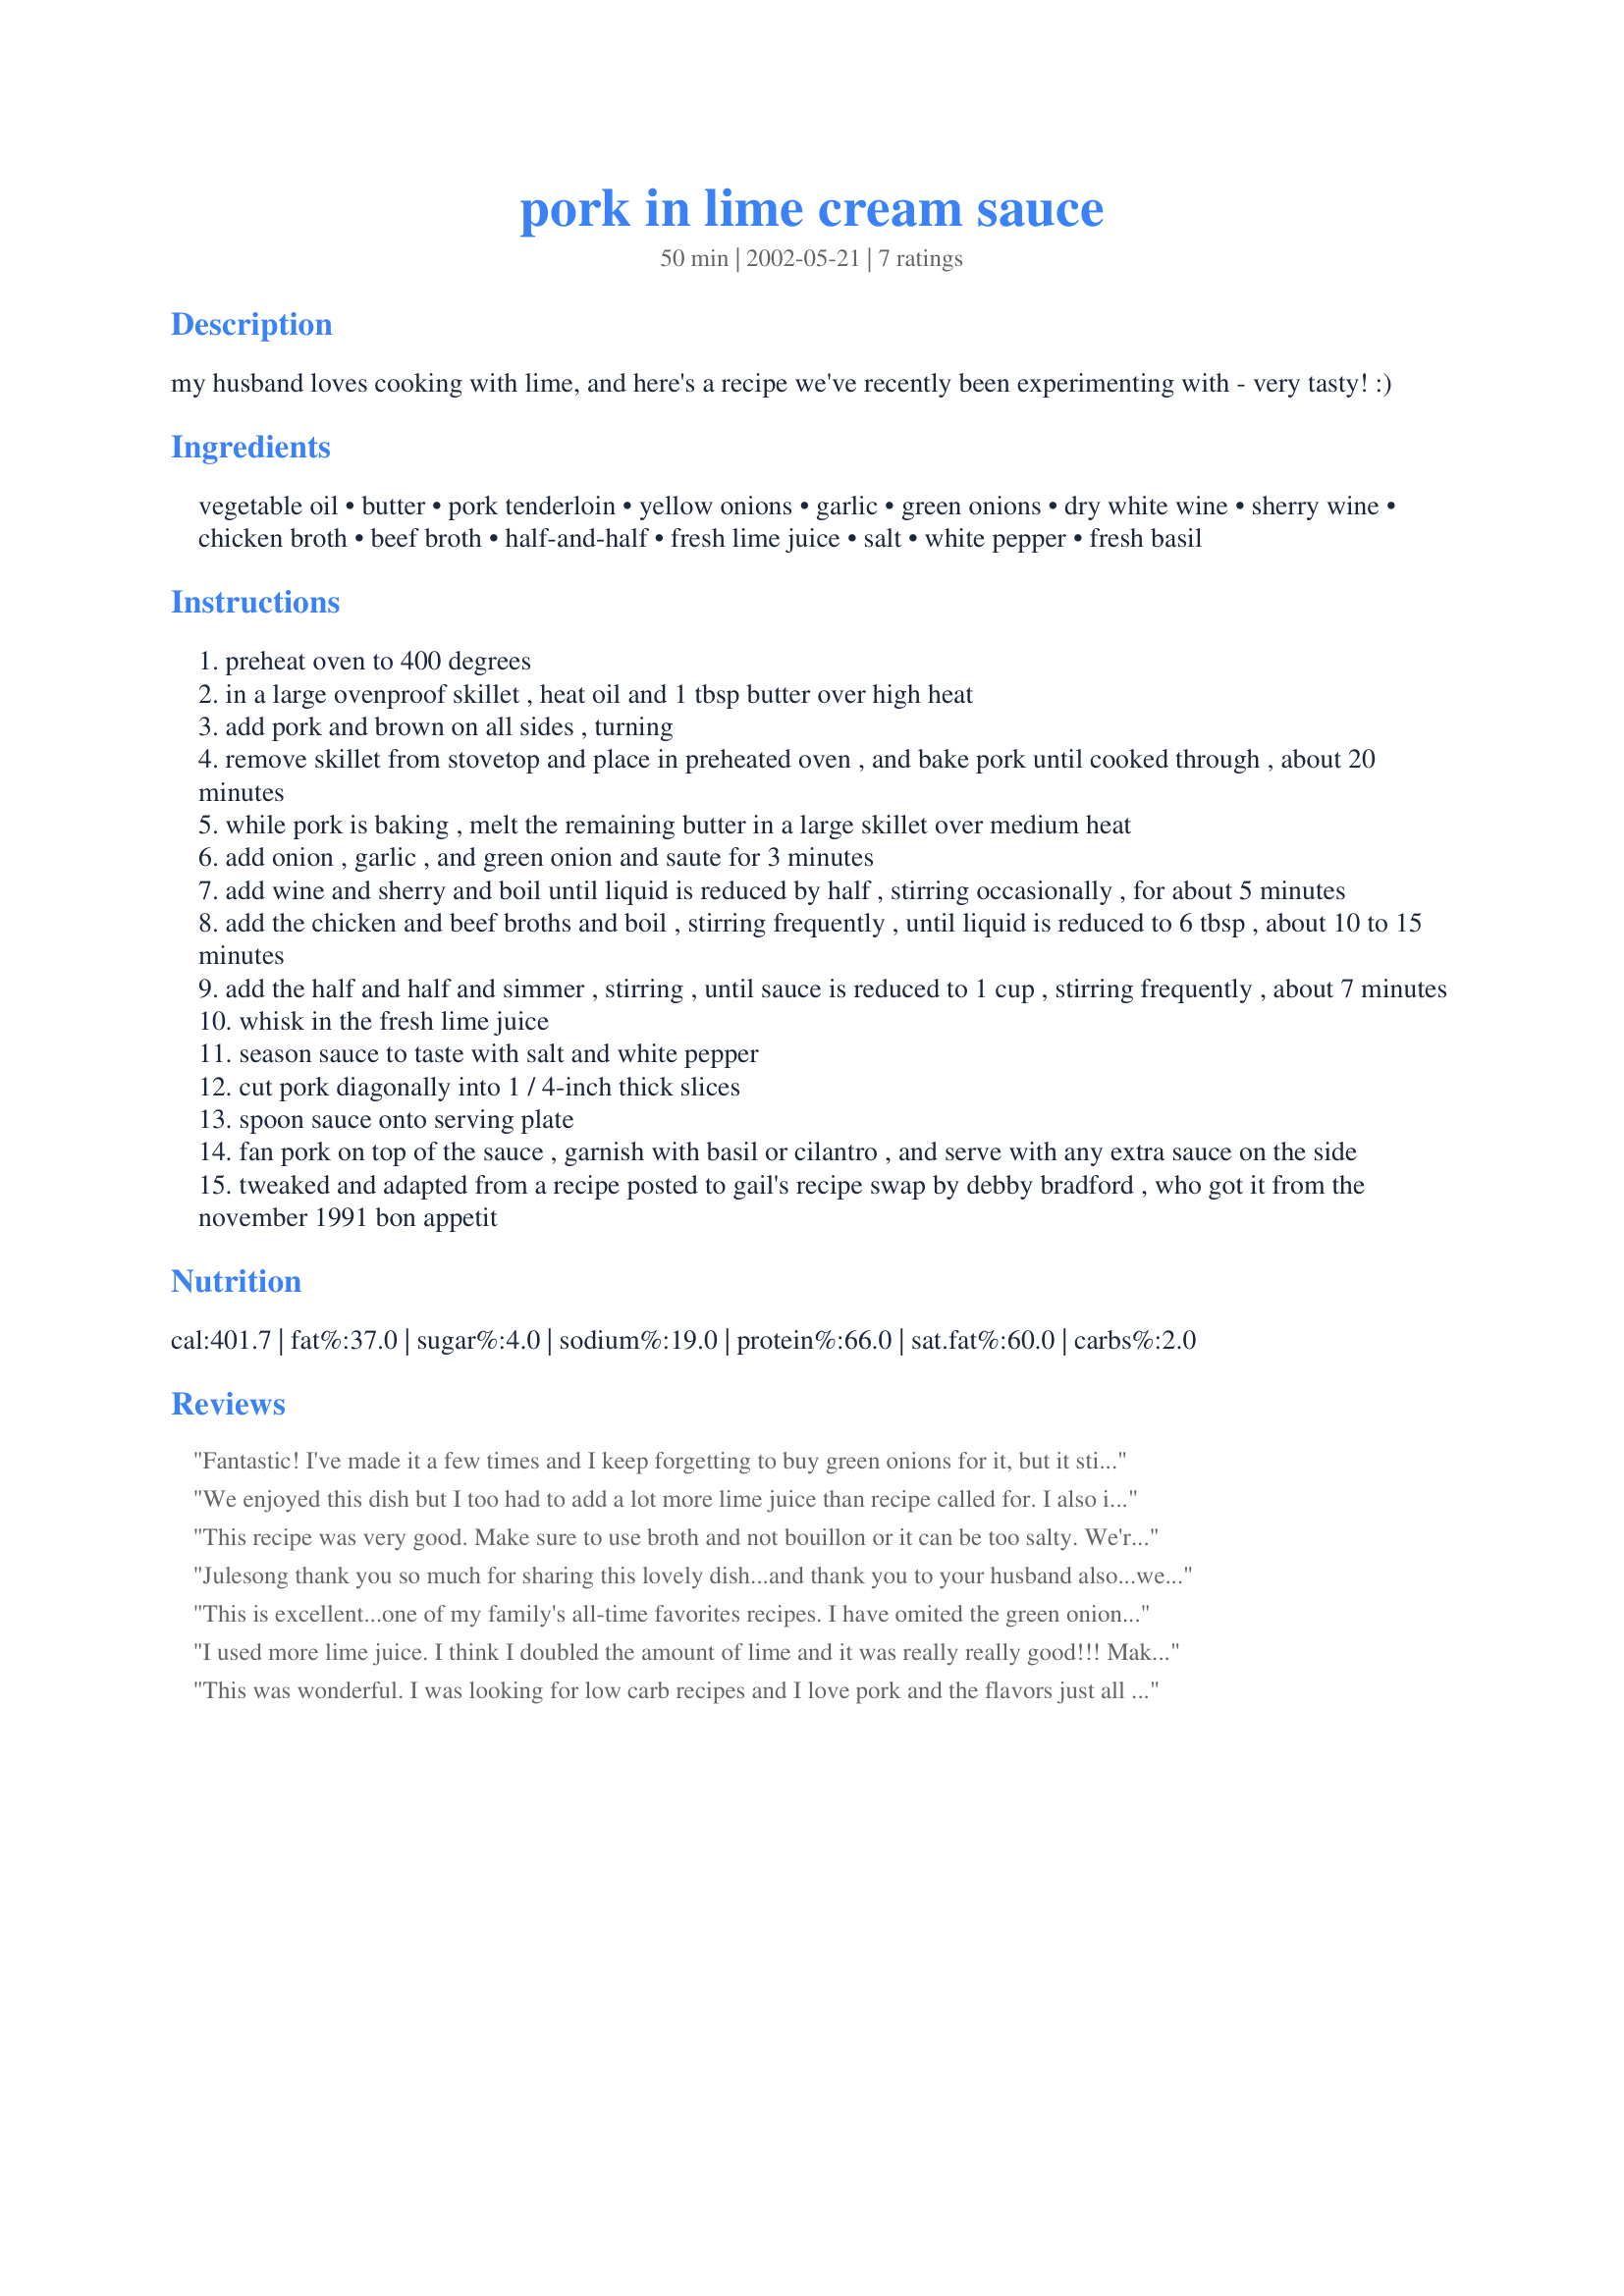
pork in lime cream sauce
Preparation time: 50 minutes

my husband loves cooking with lime, and here's a recipe we've recently been experimenting with - very tasty! :)

Ingredients:
vegetable oil, butter, pork tenderloin, yellow onions, garlic, green onions, dry white wine, sherry wine, chicken broth, beef broth, half-and-half, fresh lime juice, salt, white pepper, fresh basil

Steps:
preheat oven to 400 degrees
in a large ovenproof skillet , heat oil and 1 tbsp butter over high heat
add pork and brown on all sides , turning
remove skillet from stovetop and place in preheated oven , and bake pork until cooked through , about 20 minutes
while pork is baking , melt the remaining butter in a large skillet over medium heat
add onion , garlic , and green onion and saute for 3 minutes
add wine and sherry and boil until liquid is reduced by half , stirring occasionally , for about 5 minutes
add the chicken and beef broths and boil , stirring frequently , until liquid is reduced to 6 tbsp , about 10 to 15 minutes
add the half and half and simmer , stirring , until sauce is reduced to 1 cup , stirring frequently , about 7 minutes
whisk in the fresh lime juice
season sauce to taste with salt and white pepper
cut pork diagonally into 1 / 4-inch thick slices
spoon sauce onto serving plate
fan pork on top of the sauce , garnish with basil or cilantro , and serve with any extra sauce on the side
tweaked and adapted from a recipe posted to gail's recipe swap by debby bradford , who got it from the november 1991 bon appetit

Reviews:
Fantastic! I've made it a few times and I keep forgetting to buy green onions for it, but it still turns out fabulous.
We enjoyed this dish but I too had to add a lot more lime juice than recipe called for. I also increased the garlic and I grated it to make it more flavorful. Easy to make.
This recipe was very good. Make sure to use broth and not bouillon or it can be too salty. We're going to try the sauce on chicken breasts next.
Julesong thank you so much for sharing this lovely dish...and thank you to your husband also...we really enjoyed the pork, and the lime cream sauce was out of this world. Definitely a keeper at my house. Thank you for a new family favourite.
This is excellent...one of my family's all-time favorites recipes. I have omited the green onions and it's still wonderful. Thanks so much for sharing!
I used more lime juice. I think I doubled the amount of lime and it was really really good!!! Makes a great sauce!!
This was wonderful. I was looking for low carb recipes and I love pork and the flavors just all come together. I will probably make next time with non-fat half and half to try and reduce the cholesterol. This recipe is a keeper. Thanks-
